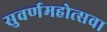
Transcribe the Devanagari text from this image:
सुवर्णमहोत्सवा